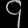
Digit: ၄